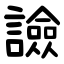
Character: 譣